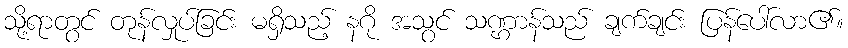
သို့ရာတွင် တုန်လှုပ်ခြင်း မရှိသည့် နဂို အသွင် သဏ္ဌာန်သည် ချက်ချင်း ပြန်ပေါ်လာ၏။